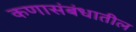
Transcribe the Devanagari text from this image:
कणासंबंधातील